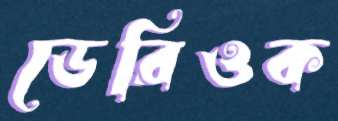
ডেরিওক